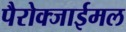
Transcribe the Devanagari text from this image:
पैरोक्जाईमल